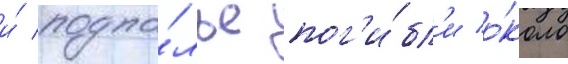
и́ подпо́лье пог'и́бл'и о́коло